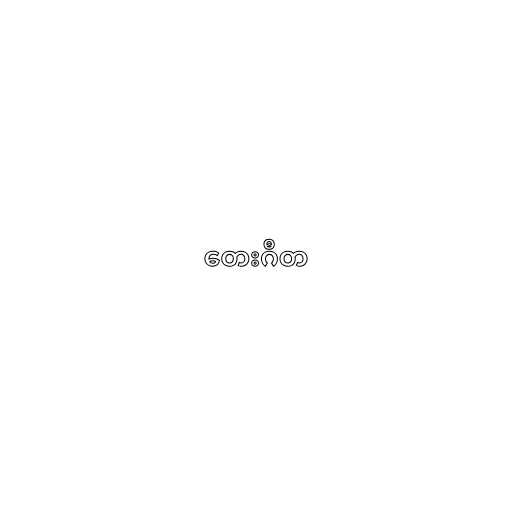
တေးဂီတ